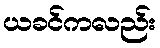
ယခင်ကလည်း